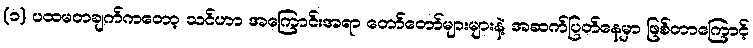
(၁) ပထမတချက်ကတော့ သင်ဟာ အကြောင်းအရာ တော်တော်များများနဲ့ အဆက်ပြတ်နေမှာ ဖြစ်တာကြောင့်